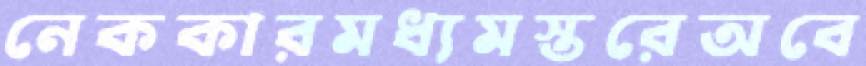
নেককারমধ্যমস্তরেঅবে